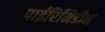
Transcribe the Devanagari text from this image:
पाईरिमिडीन